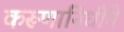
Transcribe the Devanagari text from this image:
करूणानिधींचे